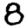
Digit: 8